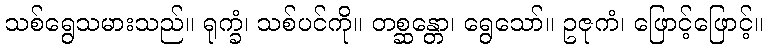
သစ်ရွေသမားသည်။ ရုက္ခံ၊ သစ်ပင်ကို။ တစ္ဆန္တော၊ ရွေသော်။ ဥဇုကံ၊ ဖြောင့်ဖြောင့်။